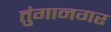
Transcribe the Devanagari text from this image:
तुंगानगर